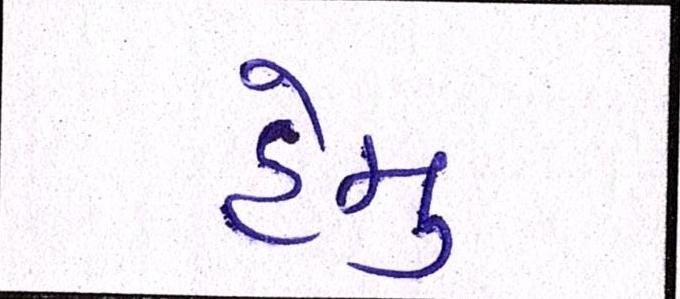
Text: હેમુ